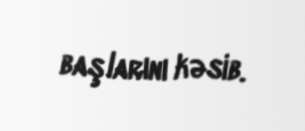
başlarını kəsib.